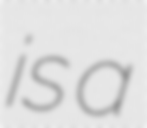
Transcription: is a